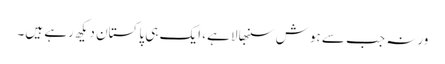
ورنہ جب سے ہوش سنبھالا ہے، ایک ہی پاکستان دیکھ رہے ہیں۔